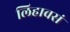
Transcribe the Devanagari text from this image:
लिहावसं